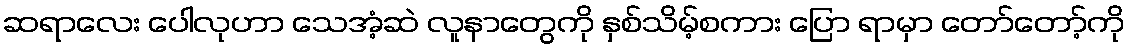
ဆရာလေး ပေါလုဟာ သေအံ့ဆဲ လူနာတွေကို နှစ်သိမ့်စကား ပြော ရာမှာ တော်တော့်ကို